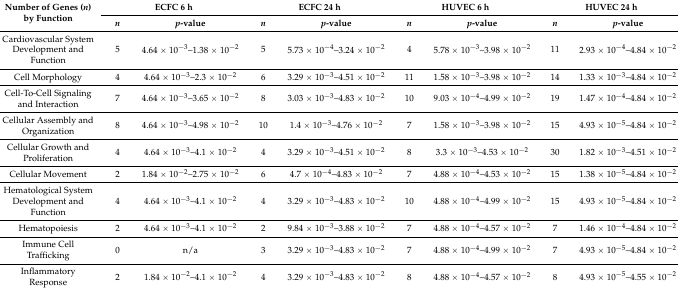
<table><thead><tr><td rowspan="2"><b>Number of Genes (<i>n</i>) by Function</b></td><td colspan="2"><b>ECFC 6 h</b></td><td colspan="2"><b>ECFC 24 h</b></td><td colspan="2"><b>HUVEC 6 h</b></td><td colspan="2"><b>HUVEC 24 h</b></td></tr><tr><td><b><i>n</i></b></td><td><b><i>p</i>-value</b></td><td><b><i>n</i></b></td><td><b><i>p</i>-value</b></td><td><b><i>n</i></b></td><td><b><i>p</i>-value</b></td><td><b><i>n</i></b></td><td><b><i>p</i>-value</b></td></tr></thead><tbody><tr><td>Cardiovascular System Development and Function</td><td>5</td><td>4.64 × 10<sup>−3</sup>–1.38 × 10<sup>−2</sup></td><td>5</td><td>5.73 × 10<sup>−4</sup>–3.24 × 10<sup>−2</sup></td><td>4</td><td>5.78 × 10<sup>−3</sup>–3.98 × 10<sup>−2</sup></td><td>11</td><td>2.93 × 10<sup>−4</sup>–4.84 × 10<sup>−2</sup></td></tr><tr><td>Cell Morphology</td><td>4</td><td>4.64 × 10<sup>−3</sup>–2.3 × 10<sup>−2</sup></td><td>6</td><td>3.29 × 10<sup>−3</sup>–4.51 × 10<sup>−2</sup></td><td>11</td><td>1.58 × 10<sup>−3</sup>–3.98 × 10<sup>−2</sup></td><td>14</td><td>1.33 × 10<sup>−3</sup>–4.84 × 10<sup>−2</sup></td></tr><tr><td>Cell-To-Cell Signaling and Interaction</td><td>7</td><td>4.64 × 10<sup>−3</sup>–3.65 × 10<sup>−2</sup></td><td>8</td><td>3.03 × 10<sup>−3</sup>–4.83 × 10<sup>−2</sup></td><td>10</td><td>9.03 × 10<sup>−4</sup>–4.99 × 10<sup>−2</sup></td><td>19</td><td>1.47 × 10<sup>−4</sup>–4.84 × 10<sup>−2</sup></td></tr><tr><td>Cellular Assembly and Organization</td><td>8</td><td>4.64 × 10<sup>−3</sup>–4.98 × 10<sup>−2</sup></td><td>10</td><td>1.4 × 10<sup>−3</sup>–4.76 × 10<sup>−2</sup></td><td>7</td><td>1.58 × 10<sup>−3</sup>–3.98 × 10<sup>−2</sup></td><td>15</td><td>4.93 × 10<sup>−5</sup>–4.84 × 10<sup>−2</sup></td></tr><tr><td>Cellular Growth and Proliferation</td><td>4</td><td>4.64 × 10<sup>−3</sup>–4.1 × 10<sup>−2</sup></td><td>4</td><td>3.29 × 10<sup>−3</sup>–4.51 × 10<sup>−2</sup></td><td>8</td><td>3.3 × 10<sup>−3</sup>–4.53 × 10<sup>−2</sup></td><td>30</td><td>1.82 × 10<sup>−3</sup>–4.51 × 10<sup>−2</sup></td></tr><tr><td>Cellular Movement</td><td>2</td><td>1.84 × 10<sup>−2</sup>–2.75 × 10<sup>−2</sup></td><td>6</td><td>4.7 × 10<sup>−4</sup>–4.83 × 10<sup>−2</sup></td><td>7</td><td>4.88 × 10<sup>−4</sup>–4.53 × 10<sup>−2</sup></td><td>15</td><td>1.38 × 10<sup>−5</sup>–4.84 × 10<sup>−2</sup></td></tr><tr><td>Hematological System Development and Function</td><td>4</td><td>4.64 × 10<sup>−3</sup>–4.1 × 10<sup>−2</sup></td><td>4</td><td>3.29 × 10<sup>−3</sup>–4.83 × 10<sup>−2</sup></td><td>10</td><td>4.88 × 10<sup>−4</sup>–4.99 × 10<sup>−2</sup></td><td>15</td><td>4.93 × 10<sup>−5</sup>–4.84 × 10<sup>−2</sup></td></tr><tr><td>Hematopoiesis</td><td>2</td><td>4.64 × 10<sup>−3</sup>–4.1 × 10<sup>−2</sup></td><td>2</td><td>9.84 × 10<sup>−3</sup>–3.88 × 10<sup>−2</sup></td><td>7</td><td>4.88 × 10<sup>−4</sup>–4.57 × 10<sup>−2</sup></td><td>7</td><td>1.46 × 10<sup>−4</sup>–4.84 × 10<sup>−2</sup></td></tr><tr><td>Immune Cell Trafficking</td><td>0</td><td>n/a</td><td>3</td><td>3.29 × 10<sup>−3</sup>–4.83 × 10<sup>−2</sup></td><td>7</td><td>4.88 × 10<sup>−4</sup>–4.99 × 10<sup>−2</sup></td><td>7</td><td>4.93 × 10<sup>−5</sup>–4.84 × 10<sup>−2</sup></td></tr><tr><td>Inflammatory Response</td><td>2</td><td>1.84 × 10<sup>−2</sup>–4.1 × 10<sup>−2</sup></td><td>4</td><td>3.29 × 10<sup>−3</sup>–4.83 × 10<sup>−2</sup></td><td>8</td><td>4.88 × 10<sup>−4</sup>–4.57 × 10<sup>−2</sup></td><td>8</td><td>4.93 × 10<sup>−5</sup>–4.55 × 10<sup>−2</sup></td></tr></tbody></table>